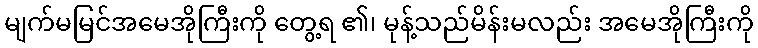
မျက်မမြင်အမေအိုကြီးကို တွေ့ရ ၏၊ မုန့်သည်မိန်းမလည်း အမေအိုကြီးကို